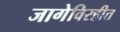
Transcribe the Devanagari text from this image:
जागेविरहीत